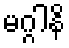
မဂ္ဂါနိ